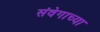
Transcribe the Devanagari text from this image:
संवेगाच्या